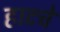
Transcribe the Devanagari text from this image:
हाटचे